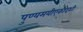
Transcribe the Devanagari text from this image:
पुण्यमयीएकादशी